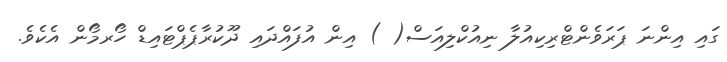
ގައި އިންނަ ޕަރަވެންޓްރިކިއުލާ ނިއުކްލިއަސް( ) އިން އުފައްދައި ދޫކުރާޕެޕްޓައިޑް ހޯރމޯން އެކެވެ.